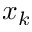
x _ { k }